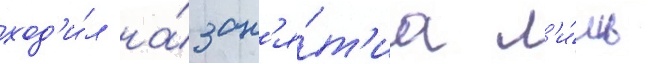
ход'и́л на́ зан'я́т'иа л'и́шь